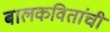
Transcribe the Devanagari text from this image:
बालकवितांची